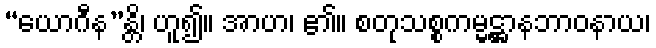
“ယောဂီန”န္တိ၊ ဟူ၍။ အာဟ၊ ၏။ စတုသစ္စကမ္မဋ္ဌာနဘာဝနာယ၊